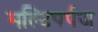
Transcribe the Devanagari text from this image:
मल्टिपर्पज